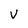
Character: V